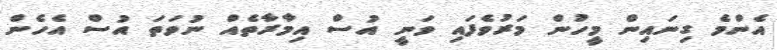
އެންމެ ގިނައިން މީހުން މަރުވެފައި ވަނީ އުސް އިމާރާތެއް ނުވަތަ އުސް އެހެން